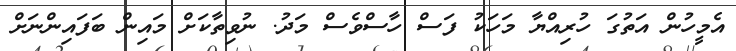
އެމީހުން އަތުގަ ހުރިއްޔާ މަހަކު ފަސް ހާސްވެސް މަދު. ނުވިތާކަށް މައިން ބަފައިންނަށް